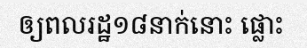
ឲ្យពលរដ្ឋ១៨នាក់នោះ ផ្លោះ